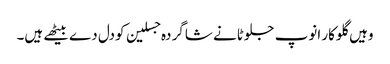
وہیں گلوکار انوپ جلوٹانے شاگر دہ جسلین کودل دے بیٹھے ہیں۔